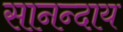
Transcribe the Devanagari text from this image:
सानन्दाय